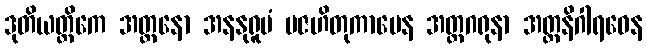
ဒုတိယတ္တိကေ အတ္တနော အနနုရူပံ ပဇဟိတုကာမေန အတ္တဂရုနာ အတ္တနိဂါရဝေန